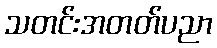
သတင်းအတတ်ပညာ